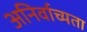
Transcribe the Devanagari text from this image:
अनिर्वाच्यता